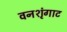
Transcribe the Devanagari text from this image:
वनशृंगाट